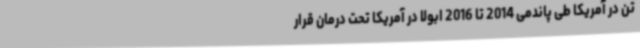
تن در آمریکا طی پاندمی 2014 تا 2016 ابولا در آمریکا تحت درمان قرار